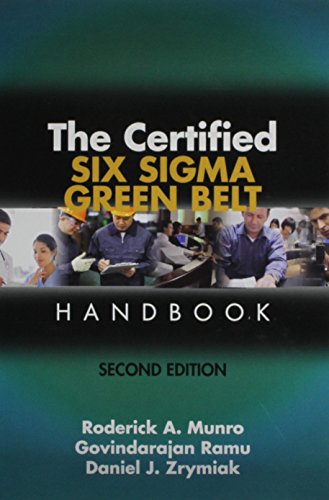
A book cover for The Certified Six Sigma Green Belt Handbook, Second Edition; Roderick A.; Business & Money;